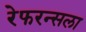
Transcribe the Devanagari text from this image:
रेफरन्सला